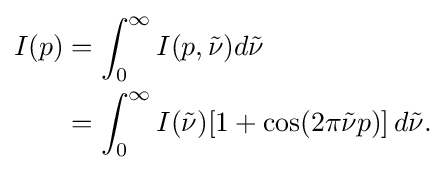
{\begin{aligned}I(p)&=\int _{0}^{\infty }I(p,{\tilde {\nu }})d{\tilde {\nu }}\\&=\int _{0}^{\infty }I({\tilde {\nu }})[1+\cos(2\pi {\tilde {\nu }}p)]\,d{\tilde {\nu }}.\end{aligned}}